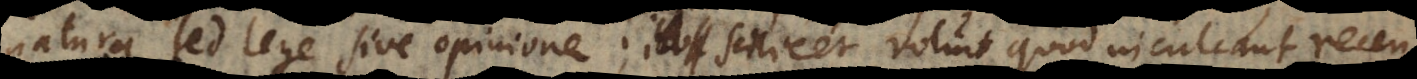
ge sive opinione; id scilicet voluit, quod inculcant recent